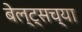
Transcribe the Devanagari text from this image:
बेल्ट्सच्या